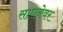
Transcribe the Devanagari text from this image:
साधनेवर